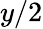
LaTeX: y/2